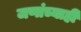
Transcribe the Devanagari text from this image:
जणांच्याही